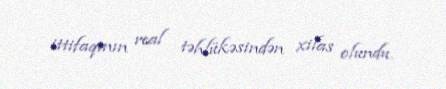
ittifaqının real təhlükəsindən xilas olundu.